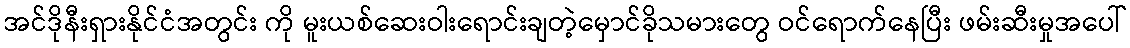
အင်ဒိုနီးရှားနိုင်ငံအတွင်း ကို မူးယစ်ဆေးဝါးရောင်းချတဲ့မှောင်ခိုသမားတွေ ဝင်ရောက်နေပြီး ဖမ်းဆီးမှုအပေါ်